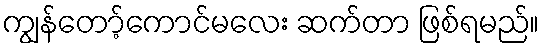
ကျွန်တော့်ကောင်မလေး ဆက်တာ ဖြစ်ရမည်။